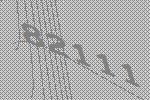
82111